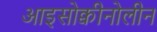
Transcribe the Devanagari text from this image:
आइसोक्वीनोलीन